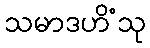
သမာဒဟိံသု